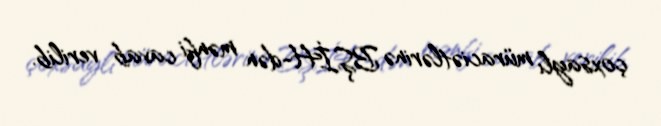
çoxsaylı müraciətlərinə BŞİH-dən mənfi cavab verilib.